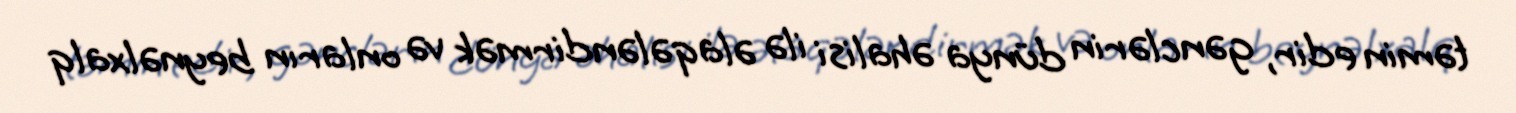
təmin edir, gənclərin dünya əhalisi ilə əlaqələndirmək və onların beynəlxalq